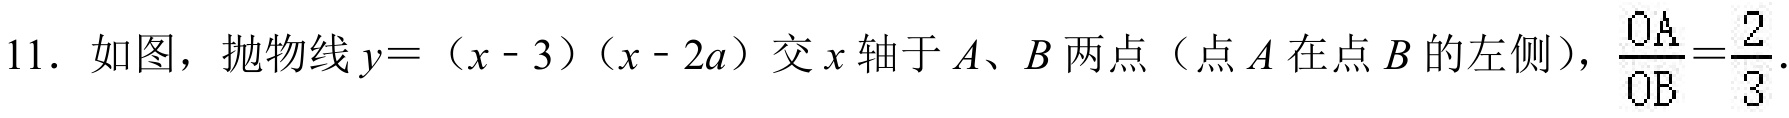
11. 如图，抛物线\(y=(x - 3)(x - 2a)\)交\(x\)轴于\(A\)、\(B\)两点（点\(A\)在点\(B\)的左侧），\(\frac{OA}{OB}=\frac{2}{3}\).